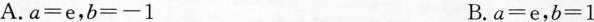
A.$$a = e$$,$$b = - 1$$ B.$$a = e$$,$$b = 1$$